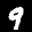
Label: 9